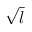
\sqrt { l }